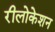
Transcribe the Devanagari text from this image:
रीलोकेशन